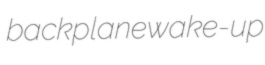
backplane wake-up